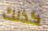
كذلك